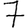
Digit: 7